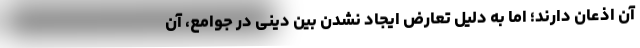
آن اذعان دارند؛ اما به دلیل تعارض ایجاد نشدن بین دینی در جوامع، آن